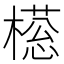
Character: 𣚜